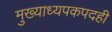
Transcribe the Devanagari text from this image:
मुख्याध्यपकपदही